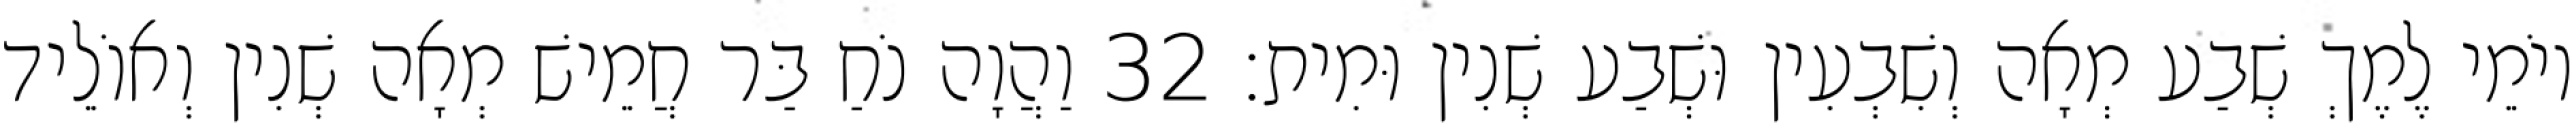
יוֹמֵי לֶמֶךְ שְׁבַע מְאָה וְשִׁבְעִין וּשְׁבַע שְׁנִין וּמִית׃ 32 וַהֲוָה נֹחַ בַּר חֲמֵישׁ מְאָה שְׁנִין וְאוֹלֵיד